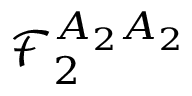
\boldsymbol { \mathcal { F } } _ { 2 } ^ { A _ { 2 } A _ { 2 } }